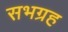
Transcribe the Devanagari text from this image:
सभग्रह